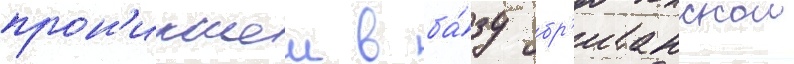
прон'икшеи в ба́зу бр'итанскои